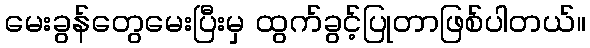
မေးခွန်တွေမေးပြီးမှ ထွက်ခွင့်ပြုတာဖြစ်ပါတယ်။